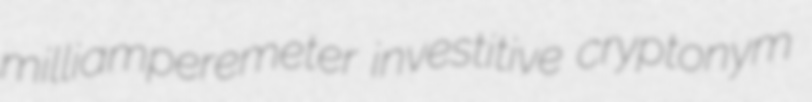
milliamperemeter investitive cryptonym